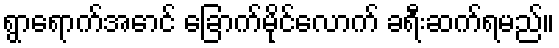
ရွာရောက်အောင် ခြောက်မိုင်လောက် ခရီးဆက်ရမည်။